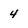
Character: 4